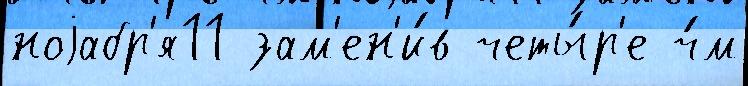
ноjабр'я11 зам'ен'и́в четы́р'е ч́м